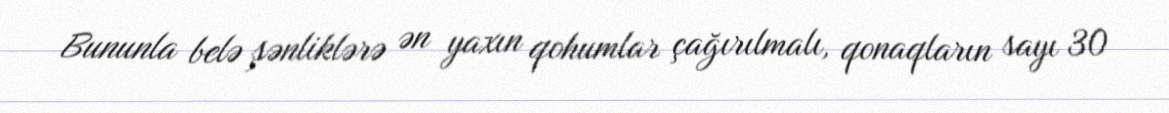
Bununla belə şənliklərə ən yaxın qohumlar çağırılmalı, qonaqların sayı 30